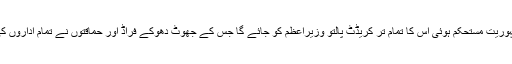
پاکستان میں اگر جمہوریت مستحکم ہوئی اس کا تمام تر کریڈٹ پالتو وزیراعظم کو جائے گا جس کے جھوٹ دھوکے فراڈ اور حماقتوں نے تمام اداروں کی ساکھ تباہ کر دی ۔